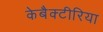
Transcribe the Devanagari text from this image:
केबैक्टीरिया